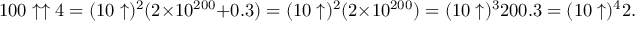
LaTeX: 1 0 0 \uparrow \uparrow 4 = ( 1 0 \uparrow ) ^ { 2 } ( 2 \times 1 0 ^ { 2 0 0 } + 0 . 3 ) = ( 1 0 \uparrow ) ^ { 2 } ( 2 \times 1 0 ^ { 2 0 0 } ) = ( 1 0 \uparrow ) ^ { 3 } 2 0 0 . 3 = ( 1 0 \uparrow ) ^ { 4 } 2 . 3